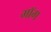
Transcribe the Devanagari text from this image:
माॅग